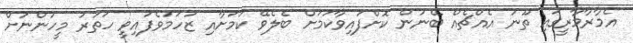
އެމާރާމާރީގައި ތޫނު އެއްޗެއް ބޭނުން ކޮށްފައިވާކަމަށް ބެލެވޭ ކަމަށާއި ޒަހަމުވެފައިވީ ހަތަރު މީހުންނަށް